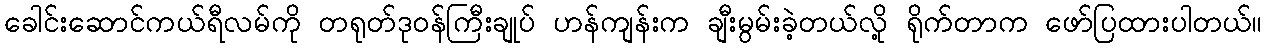
ခေါင်းဆောင်ကယ်ရီလမ်ကို တရုတ်ဒုဝန်ကြီးချုပ် ဟန်ကျန်းက ချီးမွမ်းခဲ့တယ်လို့ ရိုက်တာက ဖော်ပြထားပါတယ်။